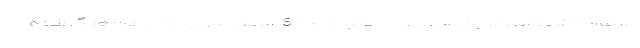
استفاده شده است. این مجموعه با جعبه دنده 6 سرعته سی وی تی هماهنگ شده